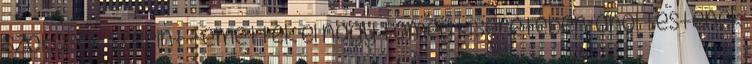
szokások szerint temették el nagy tömeg kíséretében, ahol testének